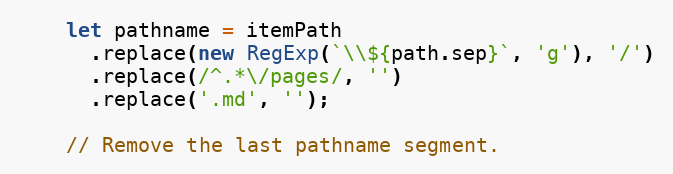
Language: JavaScript
    let pathname = itemPath
      .replace(new RegExp(`\\${path.sep}`, 'g'), '/')
      .replace(/^.*\/pages/, '')
      .replace('.md', '');

    // Remove the last pathname segment.